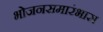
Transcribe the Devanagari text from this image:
भोजनसमारंभास